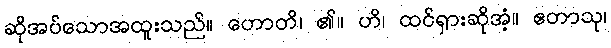
ဆိုအပ်သောအထူးသည်။ ဟောတိ၊ ၏။ ဟိ၊ ထင်ရှားဆိုအံ့။ ဧတာသု၊